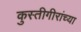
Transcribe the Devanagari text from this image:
कुस्तीगीरांच्या